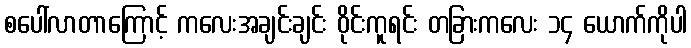
စပေါ်လာတာကြောင့် ကလေးအချင်းချင်း ဝိုင်းကူရင်း တခြားကလေး ၁၄ ယောက်ကိုပါ